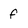
Character: f